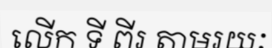
លើក ទី ពីរ តាមរយៈ